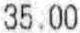
35.00